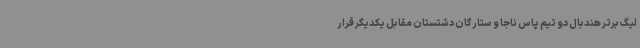
لیگ برتر هندبال دو تیم پاس ناجا و ستارگان دشتستان مقابل یکدیگر قرار